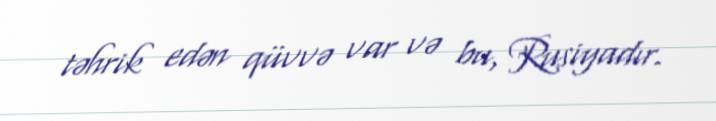
təhrik edən qüvvə var və bu, Rusiyadır.